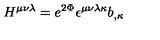
H ^ { \mu \nu \lambda } = e ^ { 2 \Phi } \epsilon ^ { \mu \nu \lambda \kappa } b _ { , \kappa }